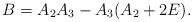
LaTeX: \begin{align*}B=A_{2}A_{3}-A_{3}(A_{2}+2E).\end{align*}